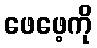
ဖေဖေ့ကို